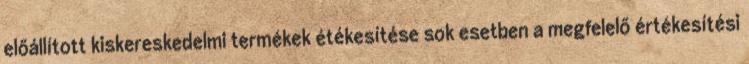
előállított kiskereskedelmi termékek étékesítése sok esetben a megfelelő értékesítési